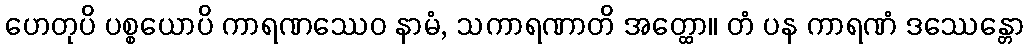
ဟေတုပိ ပစ္စယောပိ ကာရဏဿေဝ နာမံ, သကာရဏာတိ အတ္ထော။ တံ ပန ကာရဏံ ဒဿေန္တော